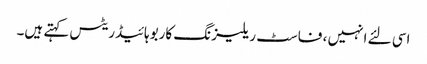
اسی لئے انہیں ، فاسٹ ریلیزنگ کاربوہائیڈریٹس کہتے ہیں۔